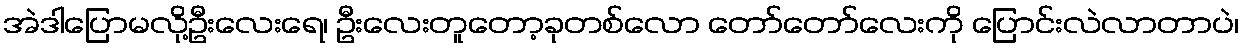
အဲဒါပြောမလို့ဦးလေးရေ၊ ဦးလေးတူတော့ခုတစ်လော တော်တော်လေးကို ပြောင်းလဲလာတာပဲ၊